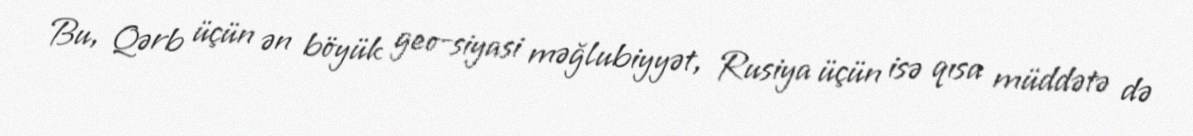
Bu, Qərb üçün ən böyük geo-siyasi məğlubiyyət, Rusiya üçün isə qısa müddətə də